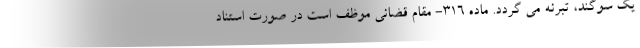
یک سوگند، تبرئه می گردد. ماده ۳۱۶- مقام قضائی موظف است در صورت استناد